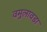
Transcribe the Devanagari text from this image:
वमुलावडा